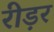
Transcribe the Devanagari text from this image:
रीड़र